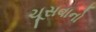
ચૂસવાનો